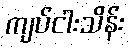
ကျပ်ငါးသိန်း